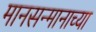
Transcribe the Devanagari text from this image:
मानसन्मानाच्या